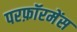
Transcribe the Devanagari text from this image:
परफ़ॉरमेंस